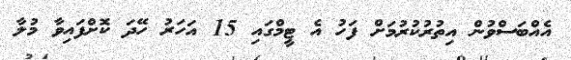
އެއްބަސްވުން އިތުރުކުރުމަށް ފަހު އެ ޓީމްގައި 15 އަހަރު ހޭދަ ކޮށްފައިވާ މުލާ